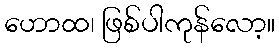
ဟောထ၊ ဖြစ်ပါကုန်လော့။